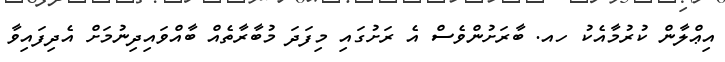
އިޢްލާން ކުރުމާއެކު ހއ. ބާރަށުންވެސް އެ ރަށުގައި މިފަދަ މުބާރާތެއް ބާއްވައިދިނުމަށް އެދިފައިވާ